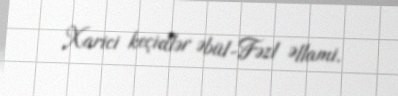
Xarici keçidlər Əbül-Fəzl Əllami.